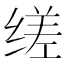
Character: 𬘷